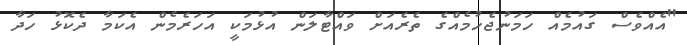
"އެއްވެސް ގައުމެއް ހަމަނުޖެހުމެއްގެ ތެރެއަށް ވައްޓާލަން އުޅުމަކީ އަހަރެމެން އެކަމާ ދެކޮޅު ހަދާ